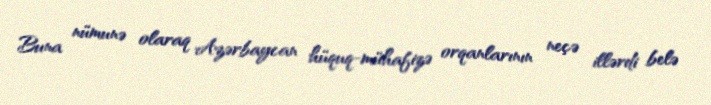
Buna nümunə olaraq Azərbaycan hüquq-mühafizə orqanlarının neçə illərdi belə